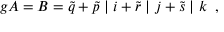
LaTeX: g { \cal A } = B = \tilde { q } + \tilde { p } \; \vert \; i + \tilde { r } \; \vert \; j + \tilde { s } \; \vert \; k \; \; ,